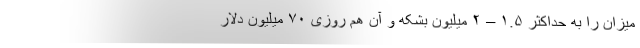
میزان را به حداکثر ۱.۵ – ۲ میلیون بشکه و آن هم روزی ۷۰ میلیون دلار